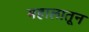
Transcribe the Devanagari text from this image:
महालातून